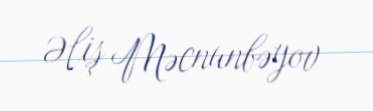
Əliş Məcnunbəyov